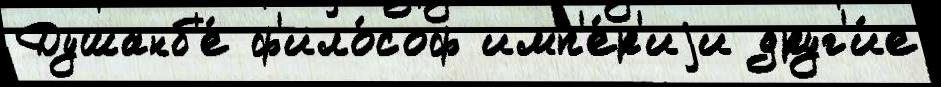
Душанб'е́ ф'ило́соф имп'е́р'иjи друг'и́е